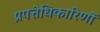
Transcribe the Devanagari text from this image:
प्रपत्तेधिकारिणों